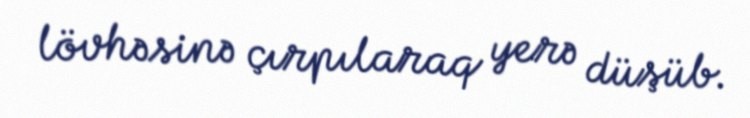
lövhəsinə çırpılaraq yerə düşüb.